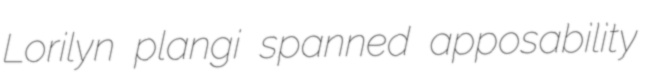
Lorilyn plangi spanned apposability